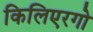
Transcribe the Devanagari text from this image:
किलिएरगो